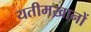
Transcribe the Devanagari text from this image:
यतीमख़ानों